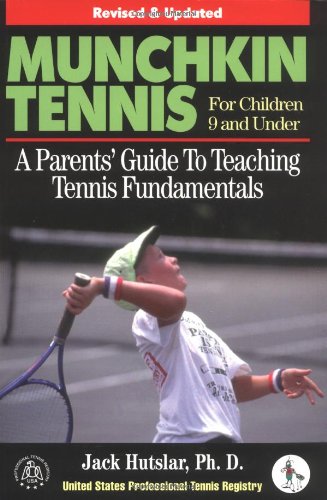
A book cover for Munchkin Tennis For Children 9 and Under: A Parents' Guide to Teaching Tennis Fundamentals; United States Professional Tennis Registry; Sports & Outdoors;